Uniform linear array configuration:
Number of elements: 8
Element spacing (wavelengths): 0.25
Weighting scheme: uniform
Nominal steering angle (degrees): -30
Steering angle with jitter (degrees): -28.242
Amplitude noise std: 0.05
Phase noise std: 0.05

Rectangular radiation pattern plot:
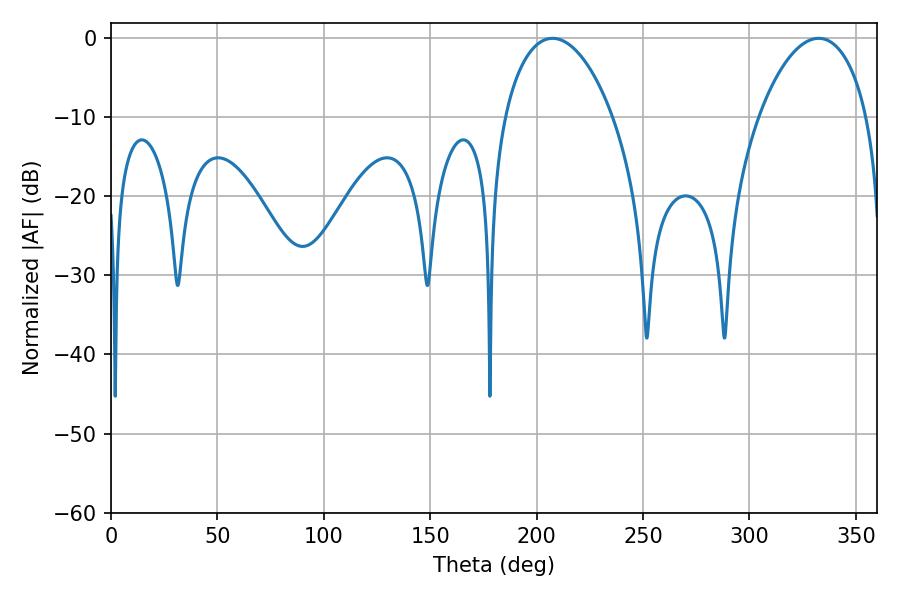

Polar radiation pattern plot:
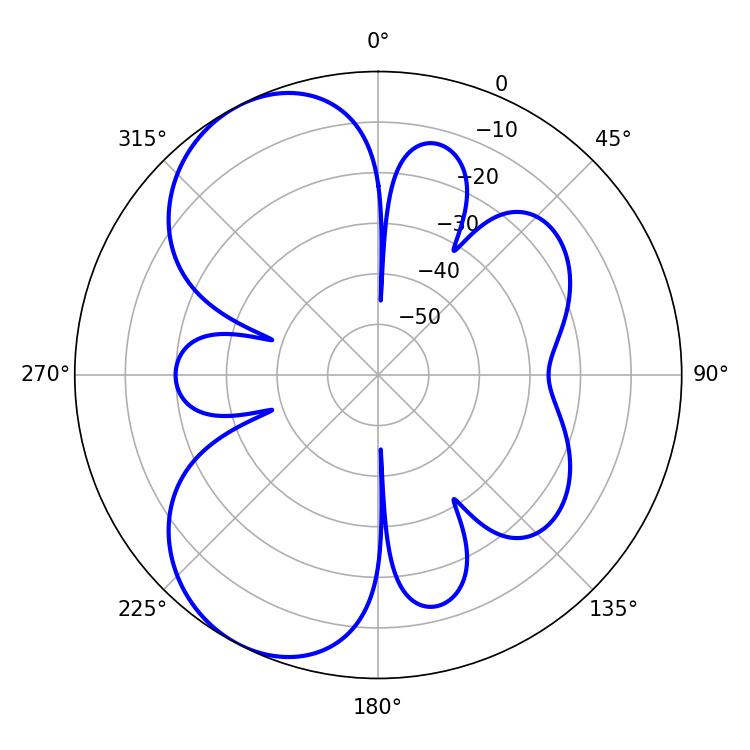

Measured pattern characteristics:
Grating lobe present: FALSE
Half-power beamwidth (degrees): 28.8
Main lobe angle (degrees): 207.54